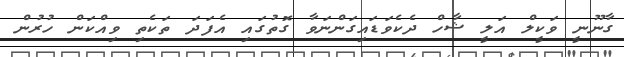
ގާނޫނީ ވަކީލް އަލީ ޝާހް ދެކެވަޑައިގަންނަވާ ގޮތުގައި އެފަދަ ތަކެތި ވިއްކަން ހުރުން